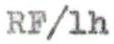
RF/1h